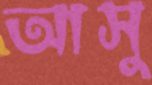
আসু